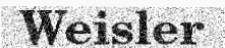
Weisler